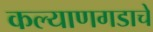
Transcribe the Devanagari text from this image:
कल्याणगडाचे